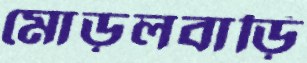
মোড়লবাড়ি